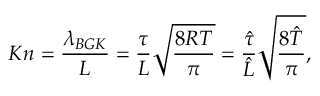
K n = \frac { { { \lambda _ { B G K } } } } { L } = \frac { \tau } { L } \sqrt { \frac { { 8 R T } } { \pi } } = \frac { { \hat { \tau } } } { { \hat { L } } } \sqrt { \frac { { 8 \hat { T } } } { \pi } } ,